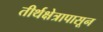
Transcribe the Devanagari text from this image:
तीर्थक्षेत्रापासून